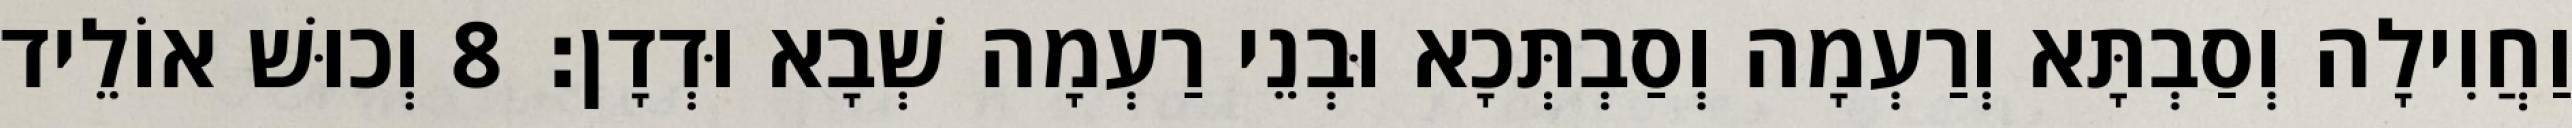
וַחֲוִילָה וְסַבְתָּא וְרַעְמָה וְסַבְתְּכָא וּבְנֵי רַעְמָה שְׁבָא וּדְדָן׃ 8 וְכוּשׁ אוֹלֵיד